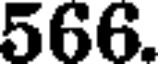
566.